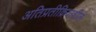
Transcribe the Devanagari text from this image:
अतिप्रतीक्रियाशील